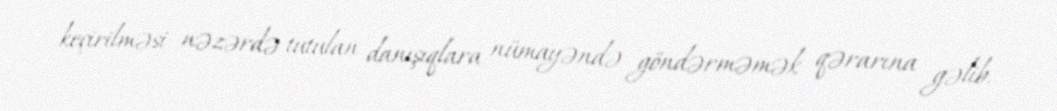
keçirilməsi nəzərdə tutulan danışıqlara nümayəndə göndərməmək qərarına gəlib.